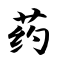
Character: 药